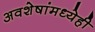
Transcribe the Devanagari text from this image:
अवशेषांमध्येही